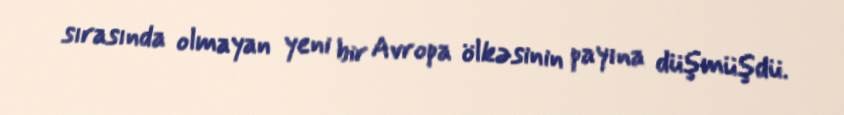
sırasında olmayan yeni bir Avropa ölkəsinin payına düşmüşdü.